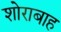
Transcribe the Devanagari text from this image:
शोराबाह